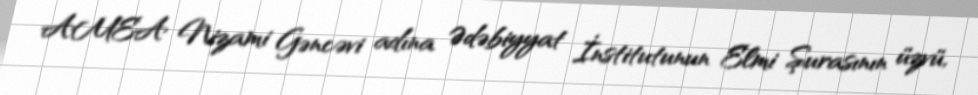
AMEA Nizami Gəncəvi adına Ədəbiyyat İnstitutunun Elmi Şurasının üzvü,